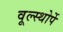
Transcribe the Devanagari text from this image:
वूल्स्थोर्पे